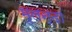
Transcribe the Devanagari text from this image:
मुलन्दा